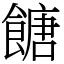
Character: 餹